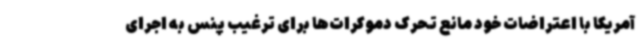
آمریکا با اعتراضات خود مانع تحرک دموکرات‌ها برای ترغیب پنس به اجرای